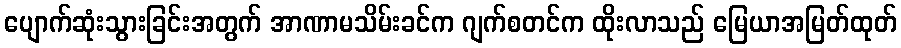
ပျောက်ဆုံးသွားခြင်းအတွက် အာဏာမသိမ်းခင်က ဂျက်စတင်က ထိုးလာသည် မြေယာအမြတ်ထုတ်